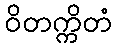
ဝိတက္ကိတံ